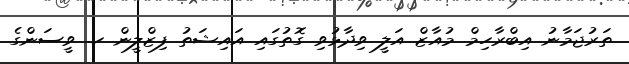
ތަރުޖަމާނު އިބްރާހިމް މުއާޒް އަލީ ވިދާޅުވި ގޮތުގައި އައިޝަތު ފިޒްލީން ހ. ވީސަންގެ